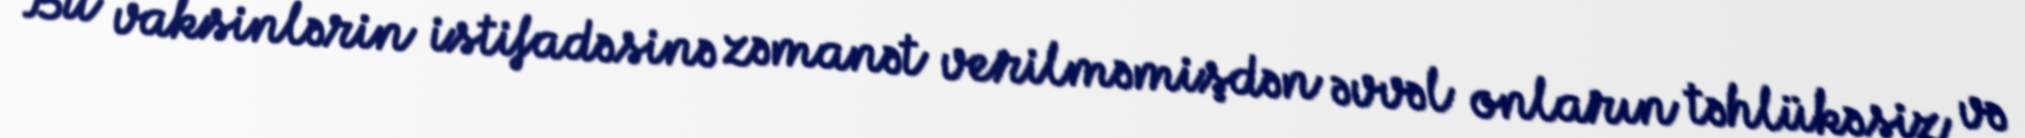
Bu vaksinlərin istifadəsinə zəmanət verilməmişdən əvvəl onların təhlükəsiz və